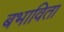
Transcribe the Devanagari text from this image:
बभाविता